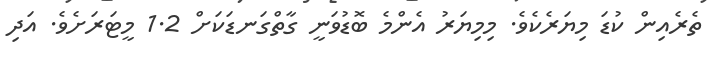
ތެރެއިން ކުޑަ މިޔަރެކެވެ. މިމިޔަރު އެންމެ ބޮޑުވަނީ ގާތްގަނޑަކަށް 1.2 މީޓަރަށެވެ. އަދި